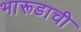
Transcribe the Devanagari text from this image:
भारूडाची